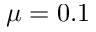
\mu = 0 . 1